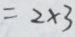
= 2 \times 3